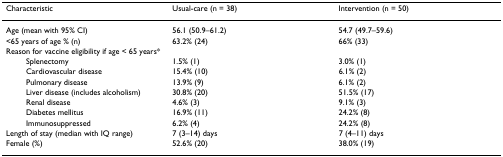
| Characteristic | Usual-care (n = 38) | Intervention (n = 50) |
 | --- | --- | --- |
 | Age (mean with 95% CI) | 56.1 (50.9–61.2) | 54.7 (49.7–59.6) |
 | <65 years of age % (n) | 63.2% (24) | 66% (33) |
 | Reason for vaccine eligibility if age < 65 years* |  |  |
 | Splenectomy | 1.5% (1) | 3.0% (1) |
 | Cardiovascular disease | 15.4% (10) | 6.1% (2) |
 | Pulmonary disease | 13.9% (9) | 6.1% (2) |
 | Liver disease (includes alcoholism) | 30.8% (20) | 51.5% (17) |
 | Renal disease | 4.6% (3) | 9.1% (3) |
 | Diabetes mellitus | 16.9% (11) | 24.2% (8) |
 | Immunosuppressed | 6.2% (4) | 24.2% (8) |
 | Length of stay (median with IQ range) | 7 (3–14) days | 7 (4–11) days |
 | Female (%) | 52.6% (20) | 38.0% (19) |